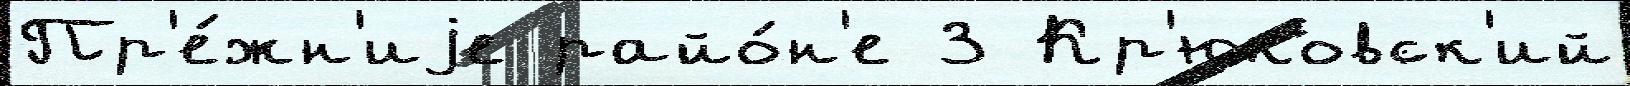
Пр'е́жн'иjе райо́н'е 3 Кр'юковск'ий